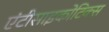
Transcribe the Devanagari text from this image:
एंटीसाइकोटिक्स